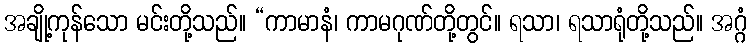
အချို့ကုန်သော မင်းတို့သည်။ “ကာမာနံ၊ ကာမဂုဏ်တို့တွင်။ ရသာ၊ ရသာရုံတို့သည်။ အဂ္ဂံ